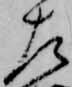
左